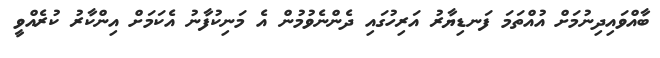
ބާއްވައިދިނުމަށް އުއްތަމަ ފަނޑިޔާރު އަރިހުގައި ދެންނެވުމުން އެ މަނިކުފާނު އެކަމަށް އިންކާރު ކުރެއްވީ